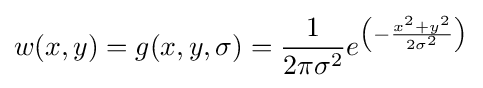
w(x,y)=g(x,y,\sigma )={\frac {1}{2\pi \sigma ^{2}}}e^{\left(-{\frac {x^{2}+y^{2}}{2\sigma ^{2}}}\right)}